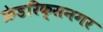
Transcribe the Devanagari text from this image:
फ्रेडरिक्सनगर